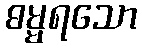
ဓမ္မရသော